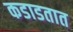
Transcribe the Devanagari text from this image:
कडाडतात